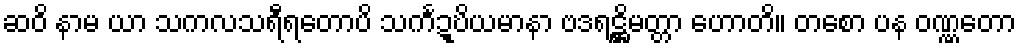
ဆဝိ နာမ ယာ သကလသရီရတောပိ သင်္ကဍ္ဎိယမာနာ ဗဒရဋ္ဌိမတ္တာ ဟောတိ။ တစော ပန ဝဏ္ဏတော